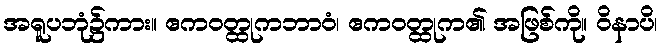
အရူပဘုံ၌ကား။ ဧကဝတ္ထုကဘာဝံ၊ ဧကဝတ္ထုက၏ အဖြစ်ကို။ ဝိနာပိ၊